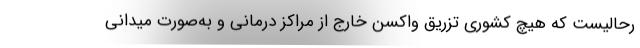
رحالیست که هیچ کشوری تزریق واکسن خارج از مراکز درمانی و به‌صورت میدانی